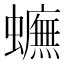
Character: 𧓼